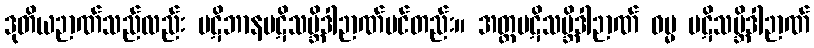
ဒုတိယဉာဏ်သည်လည်း ပဋိဘာနပဋိသမ္ဘိဒါဉာဏ်ပင်တည်း။ အတ္ထပဋိသမ္ဘိဒါဉာဏ် ဓမ္မ ပဋိသမ္ဘိဒါဉာဏ်